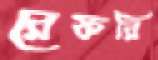
রেফরি